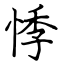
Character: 悸